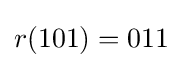
r(101)=011